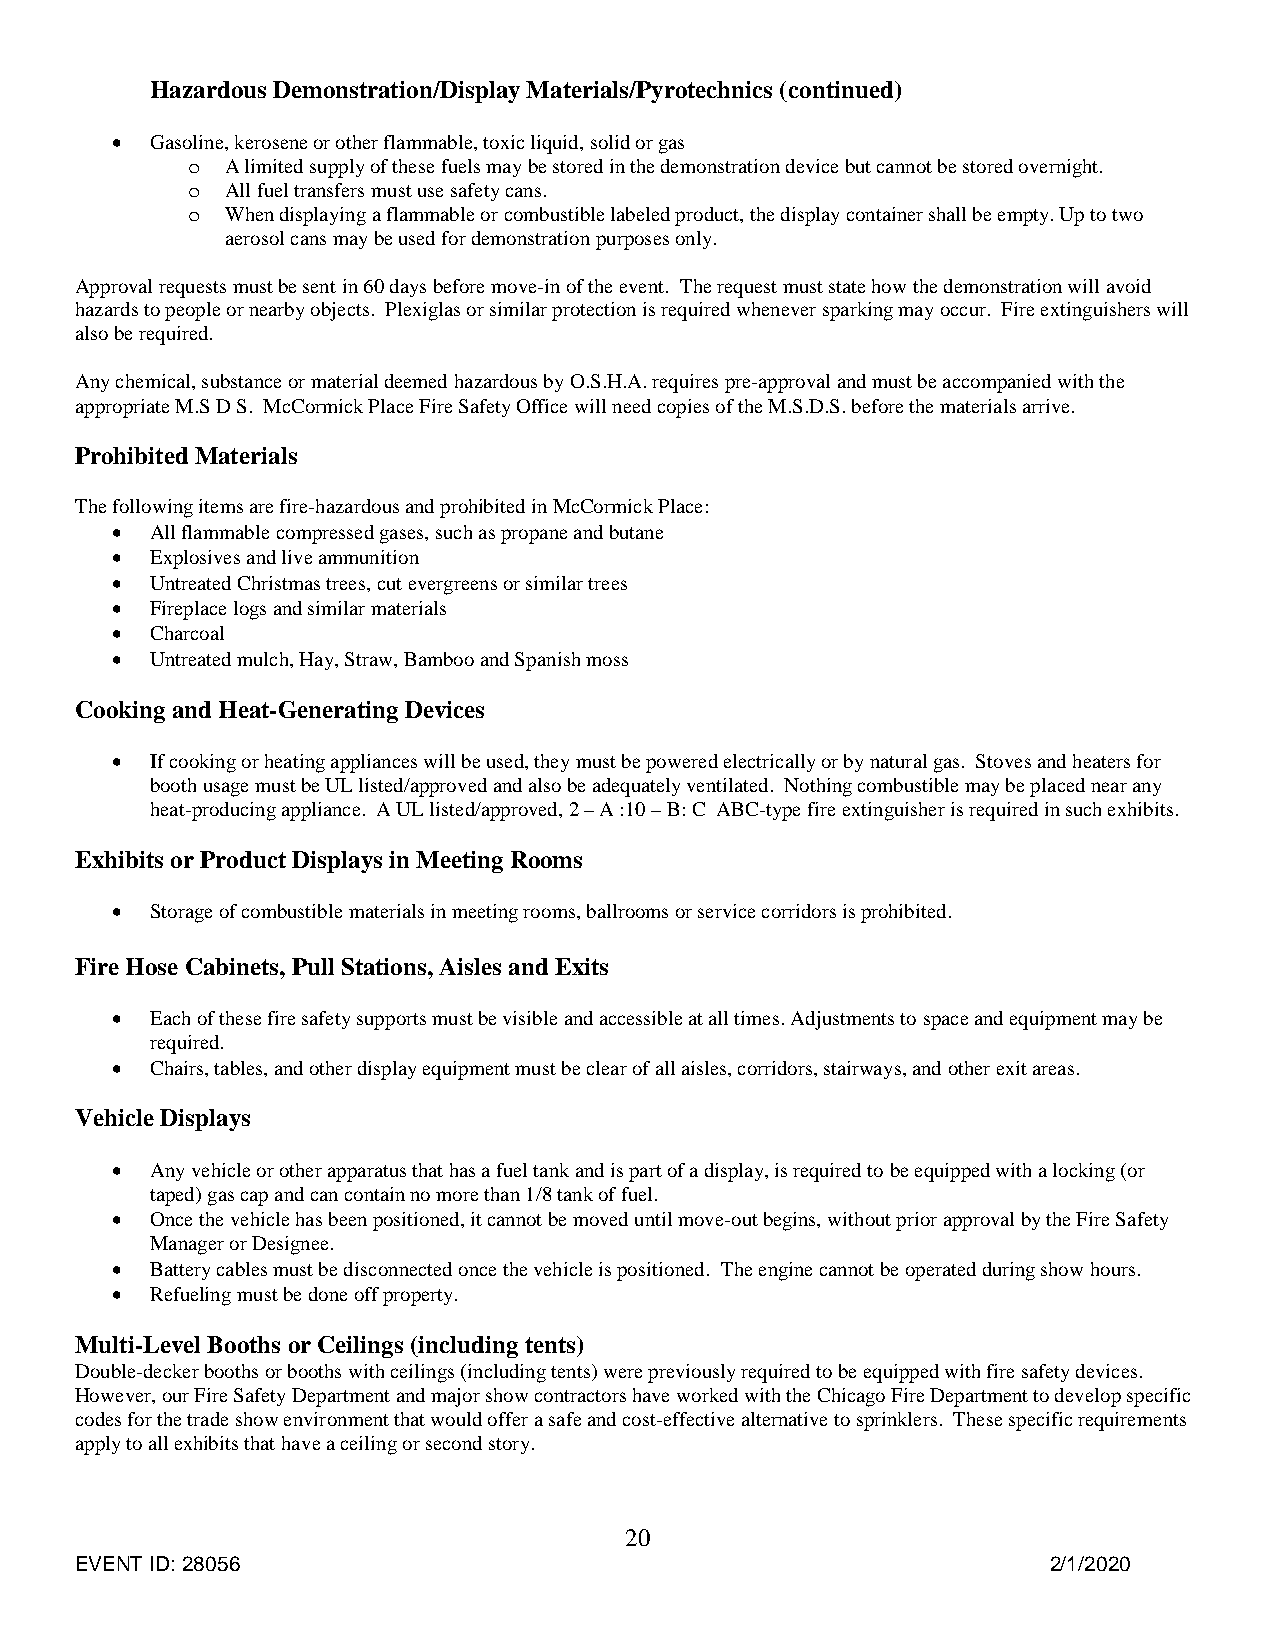
Hazardous Demonstration/Display Materials/Pyrotechnics (continued)
   Gasoline, kerosene or other flammable, toxic liquid, solid or gas
 o  A limited supply of these fuels may be stored in the demonstration device but cannot be stored overnight.
 o  All fuel transfers must use safety cans.
 o  When displaying a flammable or combustible labeled product, the display container shall be empty. Up to two
 aerosol cans may be used for demonstration purposes only.
 Approval requests must be sent in 60 days before move-in of the event. The request must state how the demonstration will avoid
 hazards to people or nearby objects. Plexiglas or similar protection is required whenever sparking may occur. Fire extinguishers will
 also be required.
 Any chemical, substance or material deemed hazardous by O.S.H.A. requires pre-approval and must be accompanied with the
 appropriate M.S D S. McCormick Place Fire Safety Office will need copies of the M.S.D.S. before the materials arrive.
 Prohibited Materials
 The following items are fire-hazardous and prohibited in McCormick Place:
   All flammable compressed gases, such as propane and butane
   Explosives and live ammunition
   Untreated Christmas trees, cut evergreens or similar trees
   Fireplace logs and similar materials
   Charcoal
   Untreated mulch, Hay, Straw, Bamboo and Spanish moss
 Cooking and Heat-Generating Devices
   If cooking or heating appliances will be used, they must be powered electrically or by natural gas. Stoves and heaters for
 booth usage must be UL listed/approved and also be adequately ventilated. Nothing combustible may be placed near any
 heat-producing appliance. A UL listed/approved, 2 – A :10 – B: C ABC-type fire extinguisher is required in such exhibits.
 Exhibits or Product Displays in Meeting Rooms
   Storage of combustible materials in meeting rooms, ballrooms or service corridors is prohibited.
 Fire Hose Cabinets, Pull Stations, Aisles and Exits
   Each of these fire safety supports must be visible and accessible at all times. Adjustments to space and equipment may be
 required.
   Chairs, tables, and other display equipment must be clear of all aisles, corridors, stairways, and other exit areas.
 Vehicle Displays
   Any vehicle or other apparatus that has a fuel tank and is part of a display, is required to be equipped with a locking (or
 taped) gas cap and can contain no more than 1/8 tank of fuel.
   Once the vehicle has been positioned, it cannot be moved until move-out begins, without prior approval by the Fire Safety
 Manager or Designee.
   Battery cables must be disconnected once the vehicle is positioned. The engine cannot be operated during show hours.
   Refueling must be done off property.
 Multi-Level Booths or Ceilings (including tents)
 Double-decker booths or booths with ceilings (including tents) were previously required to be equipped with fire safety devices.
 However, our Fire Safety Department and major show contractors have worked with the Chicago Fire Department to develop specific
 codes for the trade show environment that would offer a safe and cost-effective alternative to sprinklers. These specific requirements
 apply to all exhibits that have a ceiling or second story.
 20
 EVENT ID: 28056                                                  2/1/2020